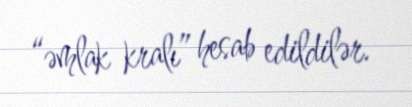
“əmlak kralı” hesab edildilər.